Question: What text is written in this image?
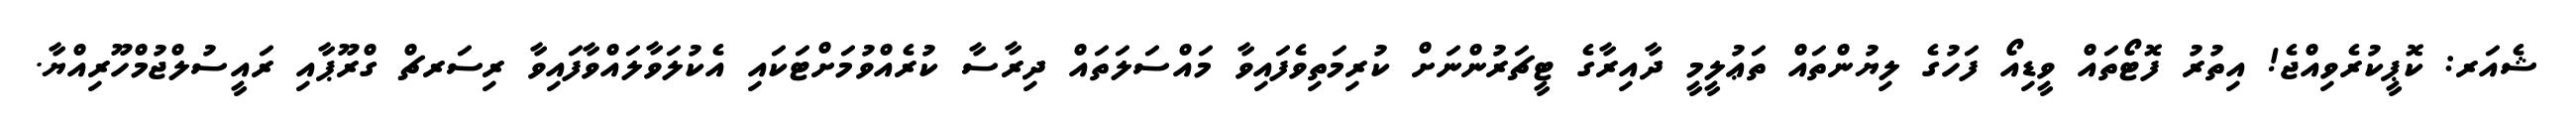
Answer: ޝެއަރ: ކޮޕީކުރެވިއްޖެ! އިތުރު ފޮޓޯތައް ވީޑިއޯ ފަހުގެ ލިޔުންތައް ތަޢުލީމީ ދާއިރާގެ ޓީޗަރުންނަށް ކުރިމަތިވެފައިވާ މައްސަލަތައް ދިރާސާ ކުރެއްވުމަށްޓަކައި އެކުލަވާލައްވާފައިވާ ރިސަރޗް ގްރޫޕާއި ރައީސުލްޖުމްހޫރިއްޔާ.